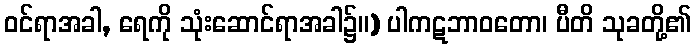
ဝင်ရာအခါ, ရေကို သုံးဆောင်ရာအခါ၌။) ပါကဋဘာဝတော၊ ပီတိ သုခတို့၏